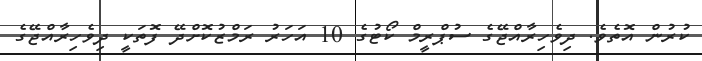
ކުރުން އޮތެވެ. ދިވެހިރާއްޖޭގެ ސުޕްރީމް ކޯޓުގެ 10 އަހަރު ރަމްޒުކޮށްދޭ ފޮތަކީ ދިވެހިރާއްޖޭގެ